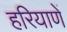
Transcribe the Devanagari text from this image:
हरियाणें